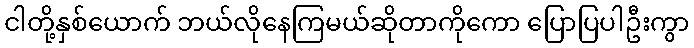
ငါတို့နှစ်ယောက် ဘယ်လိုနေကြမယ်ဆိုတာကိုကော ပြောပြပါဦးကွာ